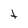
Character: t